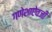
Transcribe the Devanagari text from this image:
गणेशाऐवजी